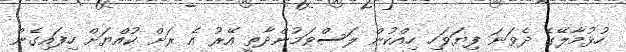
ހުޅުމާލޭގެ ދެވަނަ ފިޔަވަހި ހިއްކުން ލަސްވަމުންދާތީ އޭރު އެ ރަށް ކުއްޔަށް ހިފައިގެން